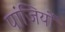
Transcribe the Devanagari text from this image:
पांजियों